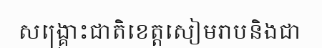
សង្គ្រោះជាតិខេត្តសៀមរាបនិងជា